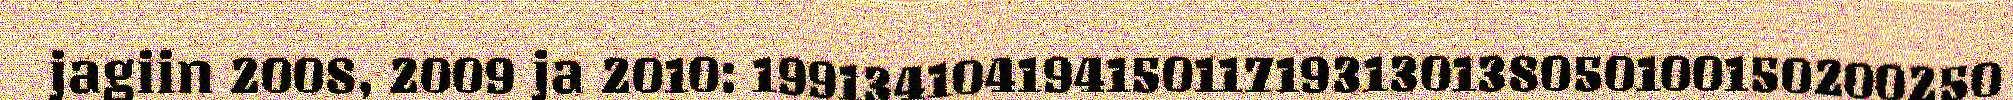
jagiin 2008, 2009 ja 2010: 199134104194150117193130138050100150200250